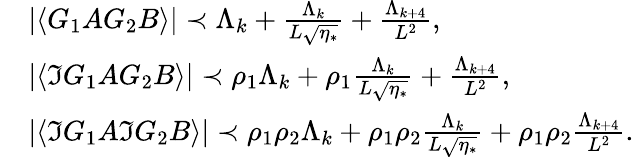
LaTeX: \begin{array}{rl}&{|\langle G_{1}AG_{2}B\rangle|\prec\Lambda_{k}+\frac{\Lambda_{k}}{L\sqrt{\eta_{*}}}+\frac{\Lambda_{k+4}}{L^{2}},\, }\\ &{|\langle\Im G_{1}AG_{2}B\rangle|\prec\rho_{1}\Lambda_{k}+\rho_{1}\frac{\Lambda_{k}}{L\sqrt{\eta_{*}}}+\frac{\Lambda_{k+4}}{L^{2}},}\\ &{|\langle\Im G_{1}A\Im G_{2}B\rangle|\prec\rho_{1}\rho_{2}\Lambda_{k}+\rho_{1}\rho_{2}\frac{\Lambda_{k}}{L\sqrt{\eta_{*}}}+\rho_{1}\rho_{2}\frac{\Lambda_{k+4}}{L^{2}}.}\end{array}